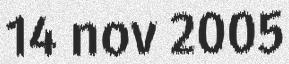
14 nov 2005